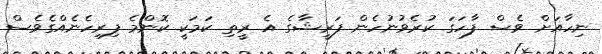
ނިހާއަށް ވެސް ފާހަގަ ކުރެވުނުހެން ފަރީޝާގެ އެ ރީތި ކަމަކީ ކޮންމެ ފިރިހެނެއްގެވެސް